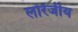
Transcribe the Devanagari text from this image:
लोरेंजीय